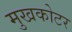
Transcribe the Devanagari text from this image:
मुखकोटर